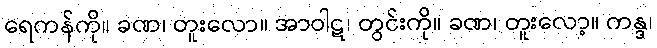
ရေကန်ကို။ ခဏ၊ တူးလော။ အာဝါဋ၊ တွင်းကို။ ခဏ၊ တူးလော့။ ကန္ဒ၊